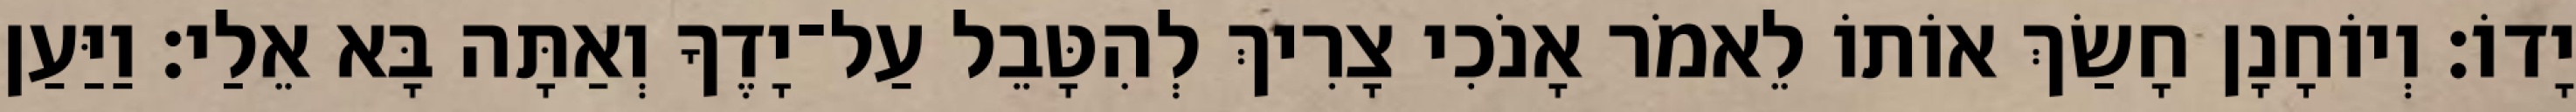
יָדוֹ׃ וְיוֹחָנָן חָשַׂךְ אוֹתוֹ לֵאמֹר אָנֹכִי צָרִיךְ לְהִטָּבֵל עַל־יָדֶךָ וְאַתָּה בָּא אֵלַי׃ וַיַּעַן